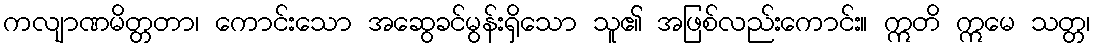
ကလျာဏမိတ္တတာ၊ ကောင်းသော အဆွေခင်မွန်းရှိသော သူ၏ အဖြစ်လည်းကောင်း။ ဣတိ ဣမေ သတ္တ၊